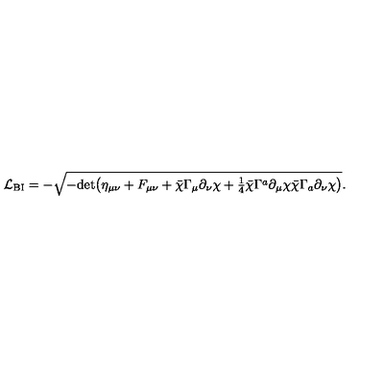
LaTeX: { \cal L } _ { \mathrm { B I } } = - \sqrt { - \mathrm { d e t } \big ( \eta _ { \mu \nu } + F _ { \mu \nu } + \bar { \chi } \Gamma _ { \mu } \partial _ { \nu } \chi + { \textstyle { \frac { 1 } { 4 } } } \bar { \chi } \Gamma ^ { a } \partial _ { \mu } \chi \bar { \chi } \Gamma _ { a } \partial _ { \nu } \chi \big ) } .